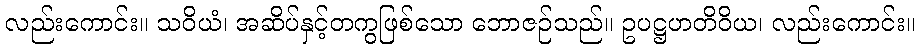
လည်းကောင်း။ သဝိယံ၊ အဆိပ်နှင့်တကွဖြစ်သော ဘောဇဉ်သည်။ ဥပဋ္ဌဟတိဝိယ၊ လည်းကောင်း။